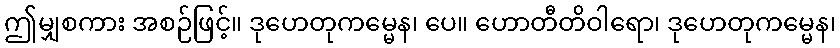
ဤမျှစကား အစဉ်ဖြင့်။ ဒုဟေတုကမ္မေန၊ ပေ။ ဟောတီတိဝါရော၊ ဒုဟေတုကမ္မေန၊